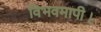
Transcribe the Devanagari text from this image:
विभवमापी।